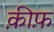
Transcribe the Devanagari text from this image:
क़ीफ़